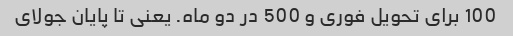
100 برای تحویل فوری و 500 در دو ماه. یعنی تا پایان جولای